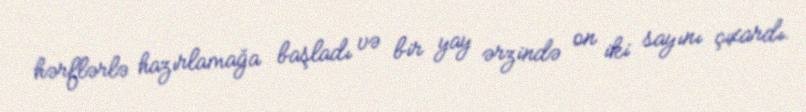
hərflərlə hazırlamağa başladı və bir yay ərzində on iki sayını çıxardı.